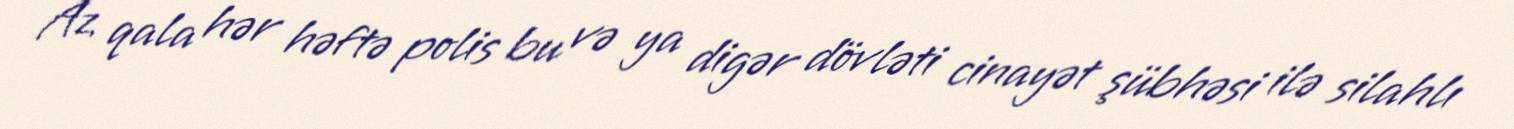
Az qala hər həftə polis bu və ya digər dövləti cinayət şübhəsi ilə silahlı